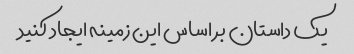
یک داستان بر اساس این زمینه ایجاد کنید